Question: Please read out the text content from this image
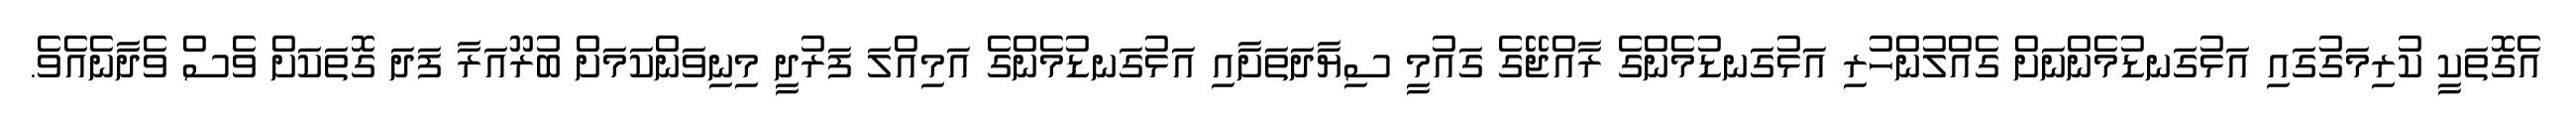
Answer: އެގޮތަކީ ކުރިމަގުގައި އަޅުގަނޑުމެންނަށް ގެއްލުންހުރި އަޅުގަނޑުމެންގެ ރާއްޖޭގެ ގައުމީ ސިޔާދަތަށާއި އަޅުގަނޑުމެންގެ އަމިއްލަ ފަރުދީ މިނިވަންކަމަށް ބުރޫއަރާ ފަދަ ގޮތަކަށް ވެސް ވެދާނެއެވެ.